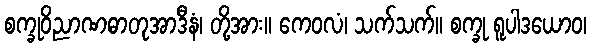
စက္ခုဝိညာဏဓာတုအာဒီနံ၊ တို့အား။ ကေဝလံ၊ သက်သက်။ စက္ခု ရူပါဒယောဝ၊